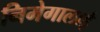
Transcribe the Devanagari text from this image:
निमेगालाई